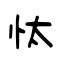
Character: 忲